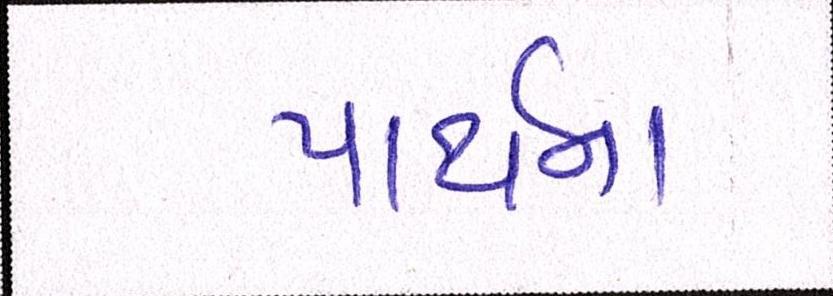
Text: પાર્થના